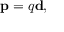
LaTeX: \mathbf { p } = q \mathbf { d } ,